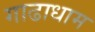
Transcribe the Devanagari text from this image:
गाढाधाम